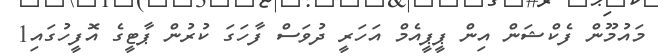
މައުމޫން ފެކްޝަން އިން ޕީޕީއެމް އަހަރީ ދުވަސް ފާހަގަ ކުރުން ޕާޓީގެ އޮފީހުގައި1